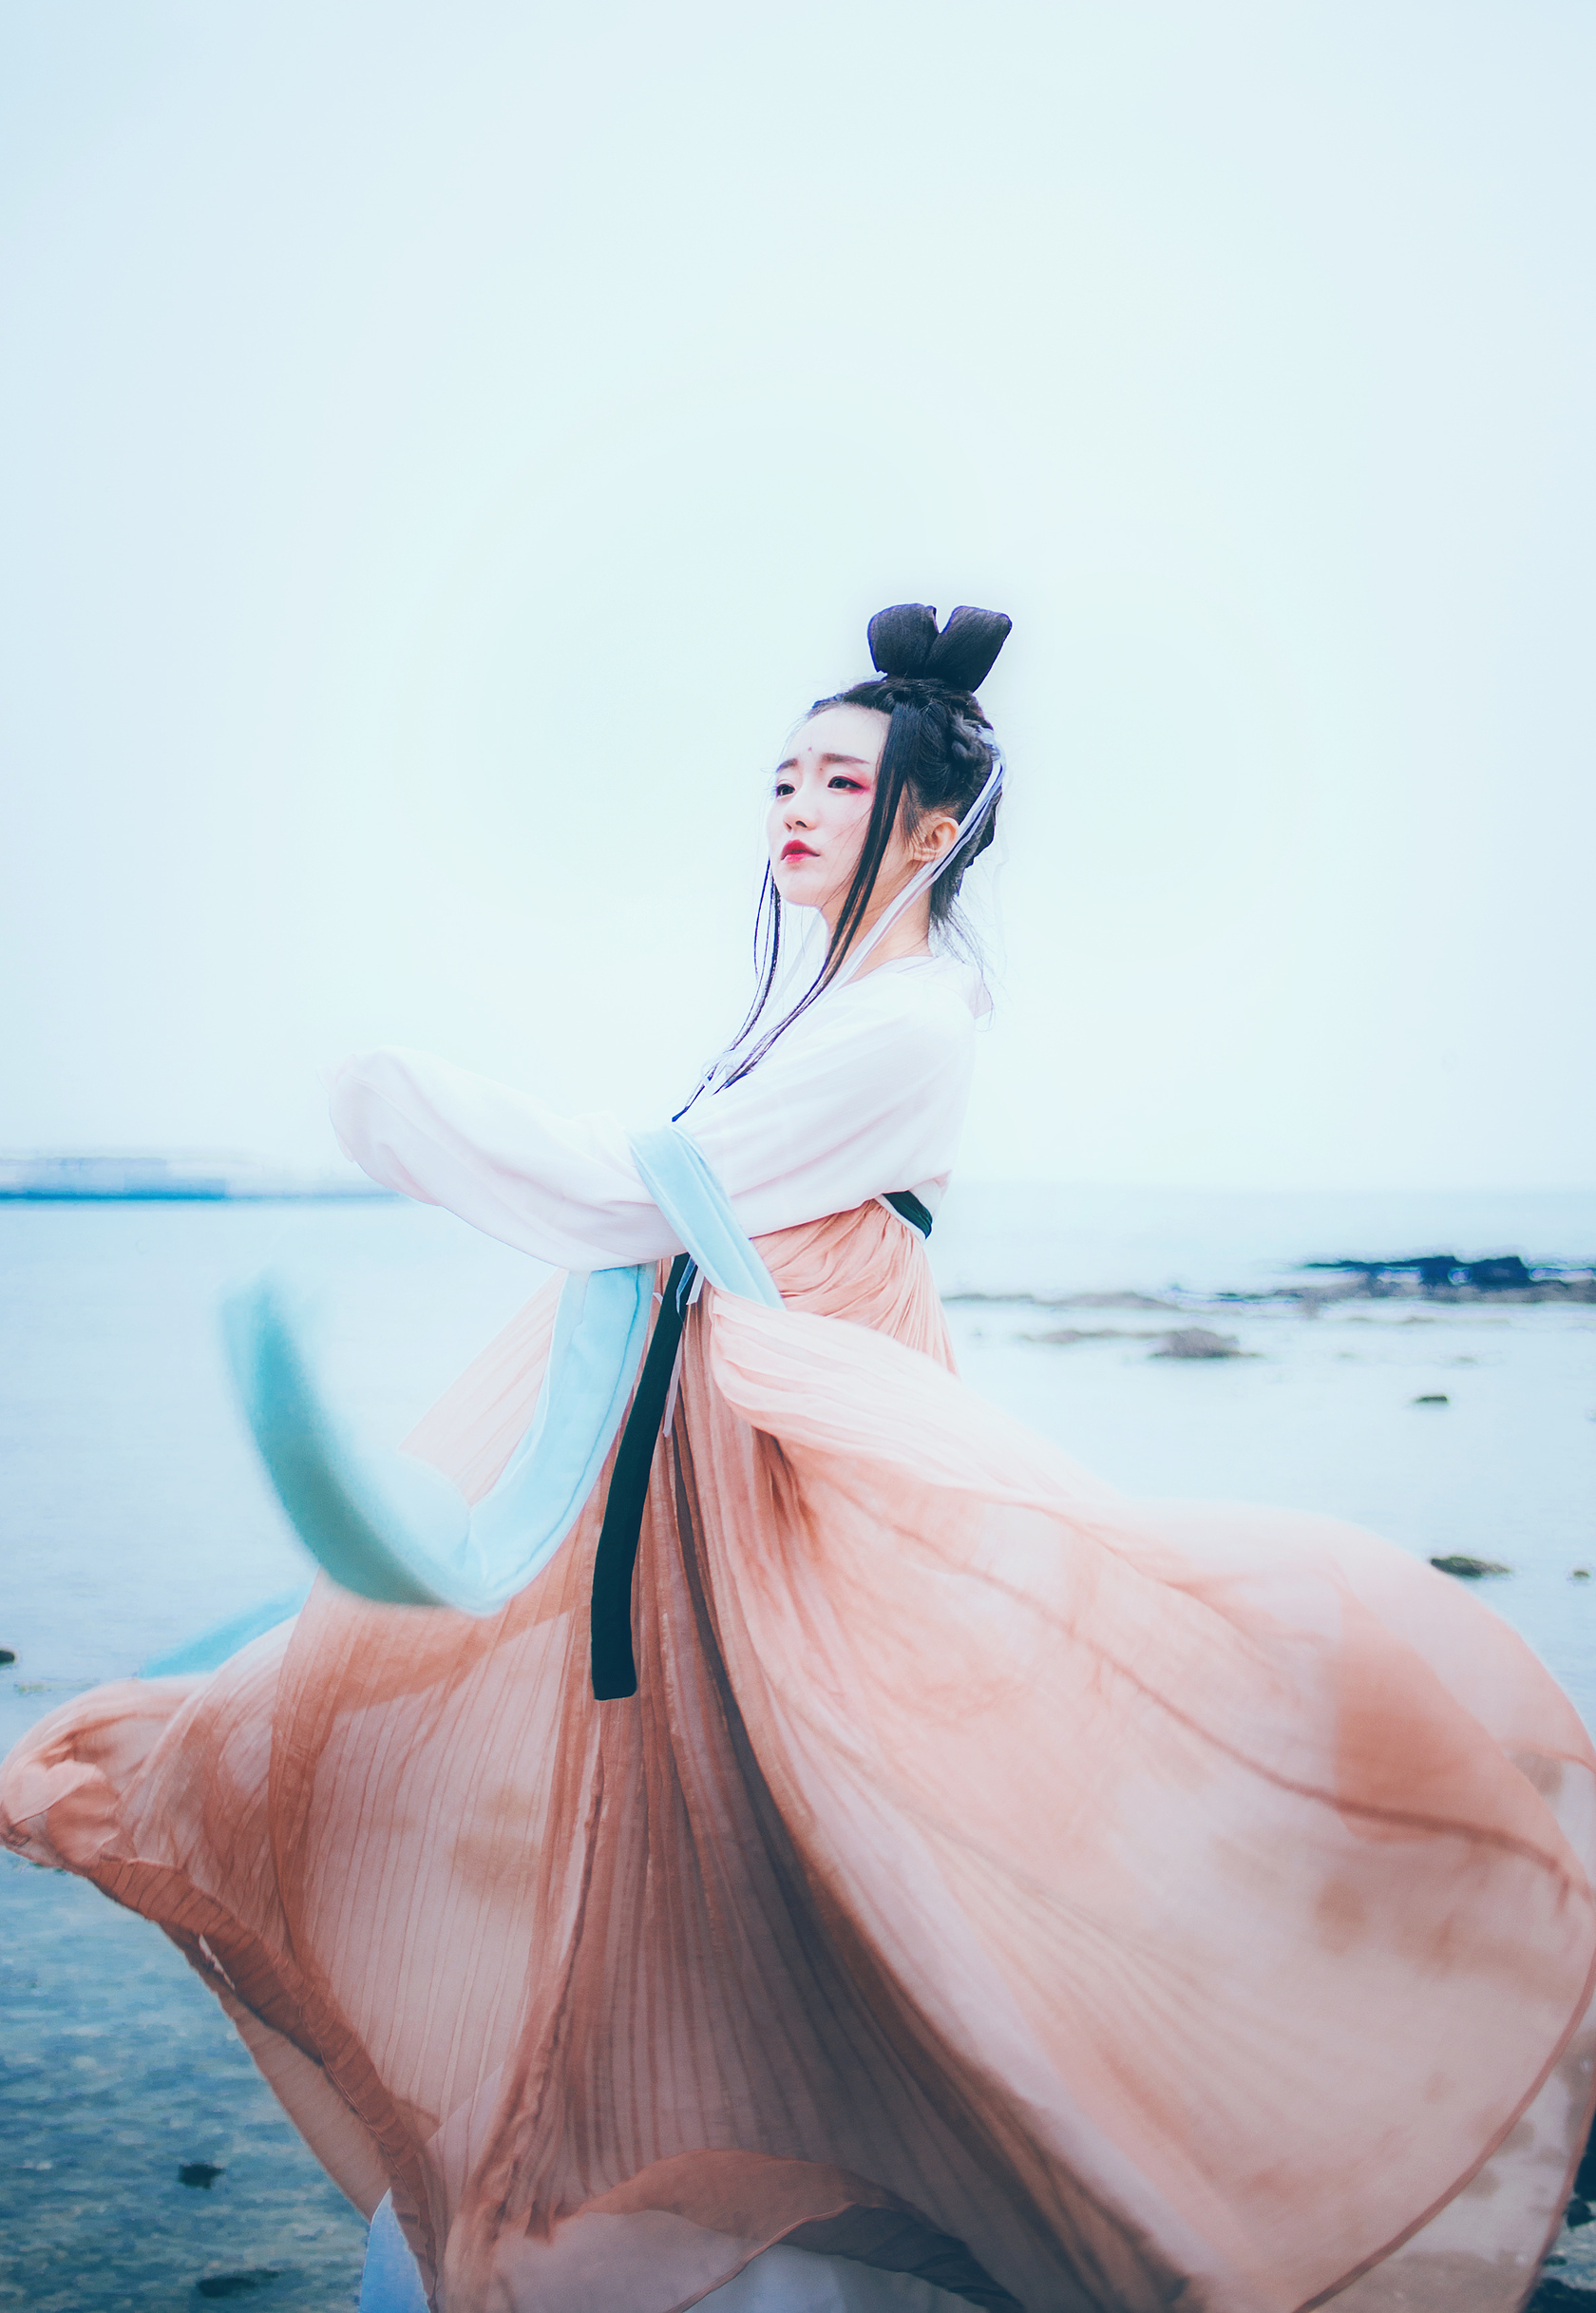
白鸟悠悠自去，汀洲外无限蒹葭。